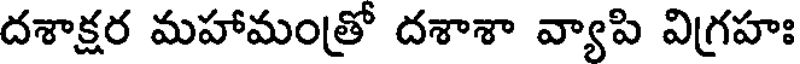
దశాక్షర మహామంత్రో దశాశా వ్యాపి విగ్రహః